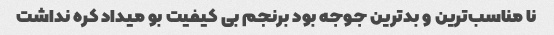
نا مناسب‌ترین و بدترین جوجه بود برنجم بی کیفیت بو میداد کره نداشت